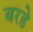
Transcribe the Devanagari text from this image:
बरडे